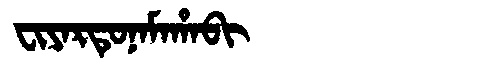
Manchu: ᠸᡳᠶᠠᡵᡨᡠᠨᠠᠮᠠᡥᠠᠪᡳ
Romanization: FIYARTUNAMAHABI